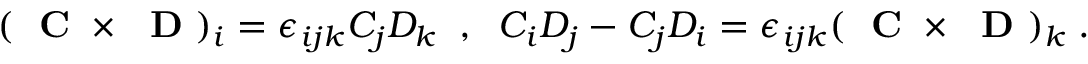
( \mathrm { ~ \bf ~ C ~ } \times \mathrm { ~ \bf ~ D ~ } ) _ { i } = \epsilon _ { i j k } C _ { j } D _ { k } \; \; , \; \; C _ { i } D _ { j } - C _ { j } D _ { i } = \epsilon _ { i j k } ( \mathrm { ~ \bf ~ C ~ } \times \mathrm { ~ \bf ~ D ~ } ) _ { k } \; .